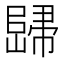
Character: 𲉡